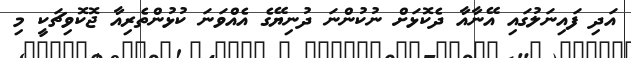
އަދި ފައިނަލުގައި އޭނާއާ ދެކޮޅަށް ނުކުންނަ ދުނިޔޭގެ އެއްވަނަ ކުޅުންތެރިއާ ޖޮކޮވިޗަކީ މި